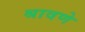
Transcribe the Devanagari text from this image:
श्रावणे